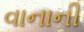
વાનાની